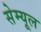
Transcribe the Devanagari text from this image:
सेम्यूल